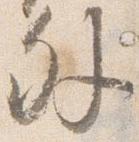
外